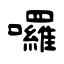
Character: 囉